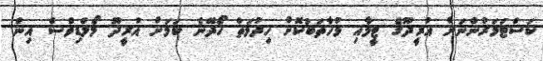
ކަސްޓަމަރުންނަށް އުރީދޫގެ ޓީމާއި މުހާތަބުކޮށް ހިދުމަތް ހޯދޭނެ ކަމަށް އުރީދޫ މޯލްޑިވްސް އިން